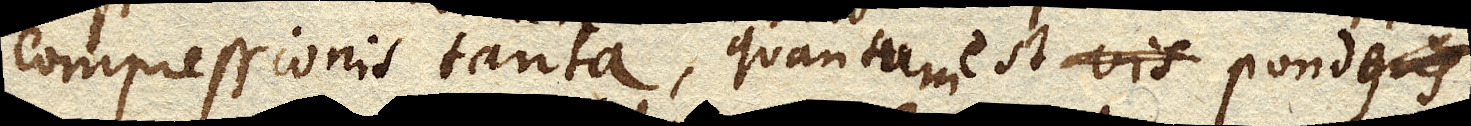
compressionis tanta , quanta est vis ponderis